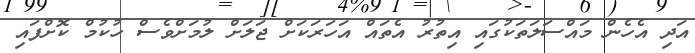
އަދި އެހެން މައްސަލަތަކުގައި އިތުރު އެތައް އަހަރަކަށް ޖަލަށް ލުމަށްވެސް ހުކުމް ކޮށްފައި